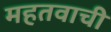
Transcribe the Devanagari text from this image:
महतवाची